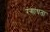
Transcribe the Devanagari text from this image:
रंगांधता